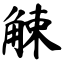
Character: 觫